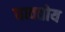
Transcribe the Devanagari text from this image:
घावतोय